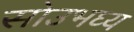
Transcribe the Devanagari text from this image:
सोउभघ्य